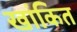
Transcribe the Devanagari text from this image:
खांकित